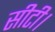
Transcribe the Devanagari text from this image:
सीटी।